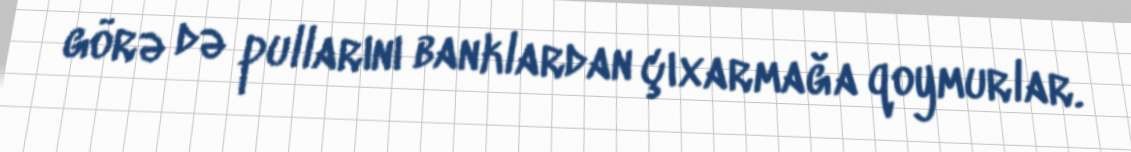
görə də pullarını banklardan çıxarmağa qoymurlar.